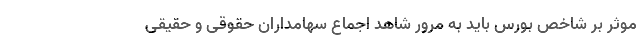
موثر بر شاخص بورس باید به مرور شاهد اجماع سهامداران حقوقی و حقیقی